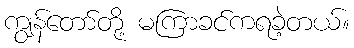
ကျွန်တော်တို့ မကြာခင်ကရခဲ့တယ်။